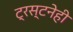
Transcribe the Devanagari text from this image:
ट्रस्टनेही